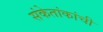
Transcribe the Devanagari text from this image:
संकेतांकांची